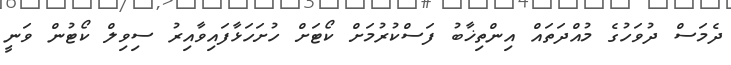
ދެމަސް ދުވަހުގެ މުއްދަތައް އިންތިޚާބު ފަސްކުރުމަށް ކޯޓަށް ހުށަހަޅާފައިވާއިރު ސިވިލް ކޯޓުން ވަނީ